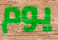
يوم